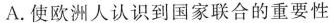
A.使欧洲人认识到国家联合的重要性